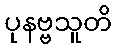
ပုနဗ္ဗသူတိ